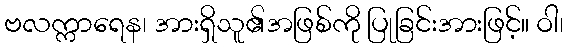
ဗလက္ကာရေန၊ အားရှိသူ၏အဖြစ်ကို ပြုခြင်းအားဖြင့်။ ဝါ၊